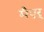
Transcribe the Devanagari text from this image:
मैएर्